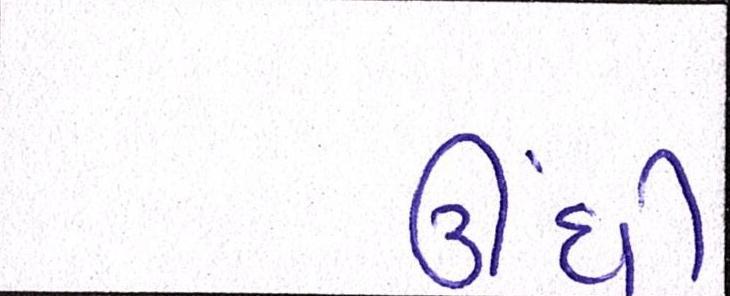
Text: ઊંધી